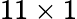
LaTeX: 11\times 1